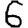
Digit: 6